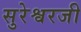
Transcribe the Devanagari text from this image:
सुरेश्वरजी